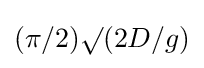
(\pi /2)\surd (2D/g)